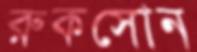
রুকসোন